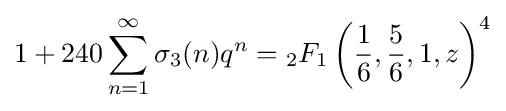
1+240\sum _{n=1}^{\infty }\sigma _{3}(n)q^{n}={}_{2}F_{1}\left({\frac {1}{6}},{\frac {5}{6}},1,z\right)^{4}